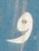
و